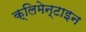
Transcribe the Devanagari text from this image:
क्लिमेन्टाइन